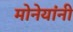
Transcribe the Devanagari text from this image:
मोनेयांनी